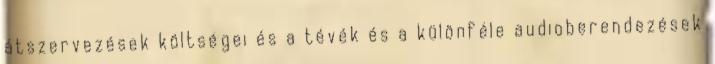
átszervezések költségei és a tévék és a különféle audioberendezések